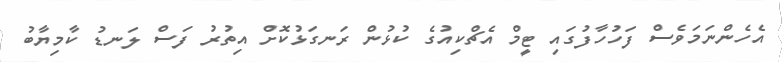
އެހެންނަމަވެސް ފަހުހާފުގައި ޓީމް އެޗްކިއުގެ ކުޅުން ރަނގަޅުކޮށް އިތުރު ފަސް ލަނޑު ކާމިޔާބު